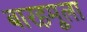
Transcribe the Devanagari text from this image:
बारहमूला